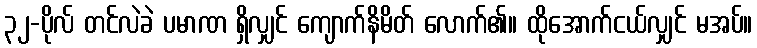
၃၂-ပိုလ် တင်လဲခဲ ပမာဏ ရှိလျှင် ကျောက်နိမိတ် လောက်၏။ ထိုအောက်ငယ်လျှင် မအပ်။